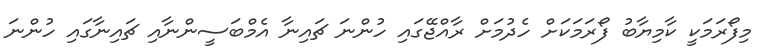
މިފޯރަމަކީ ކާމިޔާބު ފޯރަމަކަށް ހެދުމަށް ރާއްޖޭގައި ހުންނަ ޗައިނާ އެމްބަސީންނާއި ޗައިނާގައި ހުންނަ